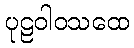
ပုဠဝါဝသထေ